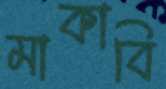
মাকাবি